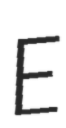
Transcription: E